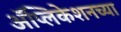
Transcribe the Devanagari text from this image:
अॅप्लिकेशनच्या